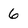
Character: 6